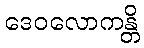
ဒေဝလောကန္တိ